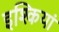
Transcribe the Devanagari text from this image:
इश्कियां